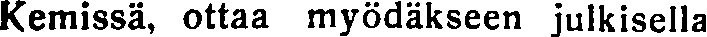
Kemissä, ottaa myödäkseen julkisella